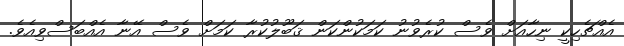
އެއްޗެހިކީ ނިހާއަށް ވެސް ކުރެވުނު ކަމަކުންކަން ޤަބޫލުކުރާ ކަމަށް ވެސް އޭނާ އެއްބަސްވިއެވެ.